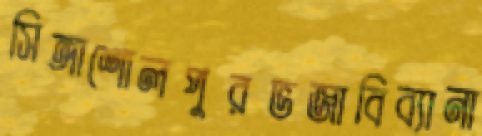
সিঙ্গাশোলপুরভজাবিব্যানা